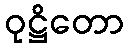
ဝုဋ္ဌိတော